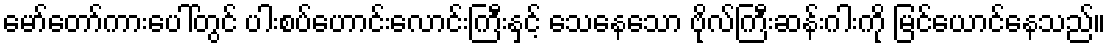
မော်တော်ကားပေါ်တွင် ပါးစပ်ဟောင်းလောင်းကြီးနှင့် သေနေသော ဗိုလ်ကြီးဆန်းဂါးကို မြင်ယောင်နေသည်။